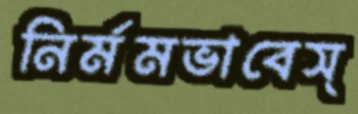
নির্মমভাবেস্